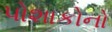
પોશાકોનો